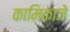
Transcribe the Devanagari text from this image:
कामिकाजे